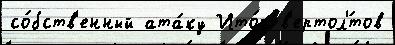
со́бств'енный ата́ку Ито́г в'ертол'́тов